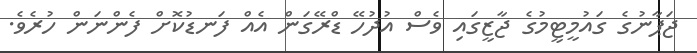
ޖަޕާނުގެ ގައުމީޓީމުގެ ޖާޒީގައި ވެސް އުދުހޭ ޑްރޭގަން އެއް ފަނޑުކޮށް ފެންނަން ހުރެވެ.